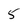
Character: 5